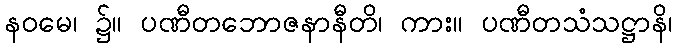
နဝမေ၊ ၌။ ပဏီတဘောဇနာနီတိ၊ ကား။ ပဏီတသံသဋ္ဌာနိ၊